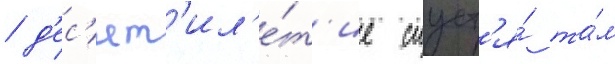
/ д'ес'ят'ил'е́т'ие спуст'я́ та́м